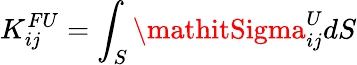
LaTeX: K_{ij}^{FU}=\int_{S}\mathitSigma_{ij}^{U}dS